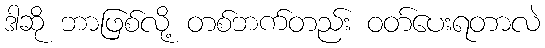
ဒါဆို ဘာဖြစ်လို့ တစ်ဘက်တည်း ဝတ်ပေးရတာလဲ